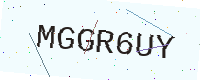
Text: MGGR6UY